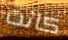
كانت